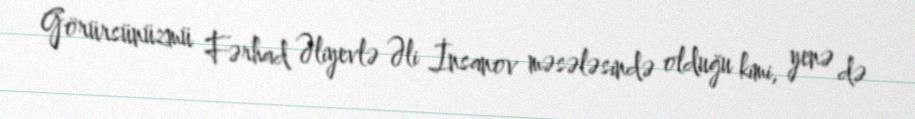
Görürsünüzmü Fərhad Əliyevlə Əli İnsanov məsələsində olduğu kimi, yenə də